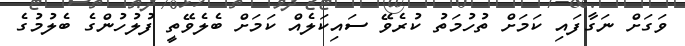
ވަގަށް ނަގާފައި ކަމަށް ތުހުމަތު ކުރެވޭ ސައިކަލެއް ކަމަށް ބެލެވޭތީ ފުލުހުންގެ ބެލުމުގެ